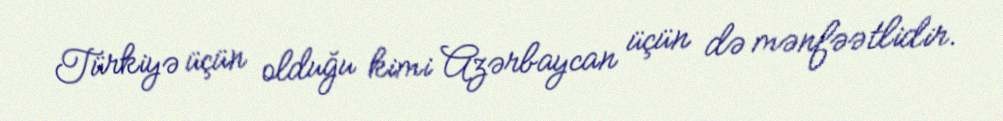
Türkiyə üçün olduğu kimi Azərbaycan üçün də mənfəətlidir.